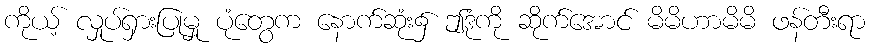
ကိုယ့် လှုပ်ရှားပြုမှု ပုံတွေက နောက်ဆုံး၌ ဤဒုံကို ဆိုက်အောင် မိမိဟာမိမိ ဖန်တီးရာ